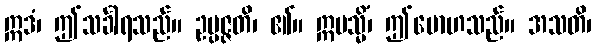
ဣဒံ၊ ဤသင်္ခါရသည်။ ဥပ္ပဇ္ဇတိ၊ ၏။ ဣမသ္မိံ၊ ဤမောဟသည်။ အသတိ၊